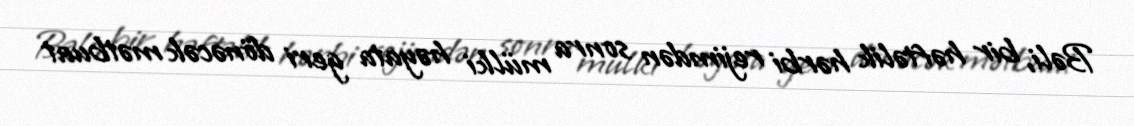
Bəli, bir həftəlik hərbi rejimdən sonra mülki həyata geri dönəcək mətbuat